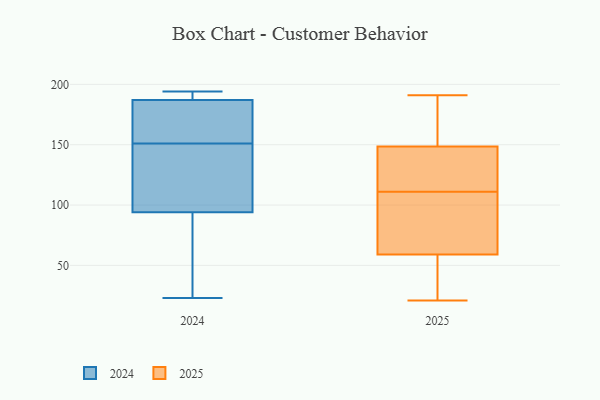
{"axis": {"x": "Churn Rate (%)", "y": "Value"}, "legend": ["2024", "2025"], "data": [{"x": "", "y": 77, "type": "2025"}, {"x": "", "y": 116, "type": "2025"}, {"x": "", "y": 132, "type": "2025"}, {"x": "", "y": 51, "type": "2025"}, {"x": "", "y": 67, "type": "2025"}, {"x": "", "y": 191, "type": "2025"}, {"x": "", "y": 32, "type": "2025"}, {"x": "", "y": 70, "type": "2025"}, {"x": "", "y": 168, "type": "2025"}, {"x": "", "y": 28, "type": "2025"}, {"x": "", "y": 151, "type": "2025"}, {"x": "", "y": 146, "type": "2025"}, {"x": "", "y": 178, "type": "2025"}, {"x": "", "y": 109, "type": "2025"}, {"x": "", "y": 113, "type": "2025"}, {"x": "", "y": 21, "type": "2025"}, {"x": "", "y": 97, "type": "2024"}, {"x": "", "y": 162, "type": "2024"}, {"x": "", "y": 140, "type": "2024"}, {"x": "", "y": 98, "type": "2024"}, {"x": "", "y": 80, "type": "2024"}, {"x": "", "y": 189, "type": "2024"}, {"x": "", "y": 194, "type": "2024"}, {"x": "", "y": 185, "type": "2024"}, {"x": "", "y": 60, "type": "2024"}, {"x": "", "y": 23, "type": "2024"}, {"x": "", "y": 182, "type": "2024"}, {"x": "", "y": 187, "type": "2024"}, {"x": "", "y": 94, "type": "2024"}, {"x": "", "y": 194, "type": "2024"}]}